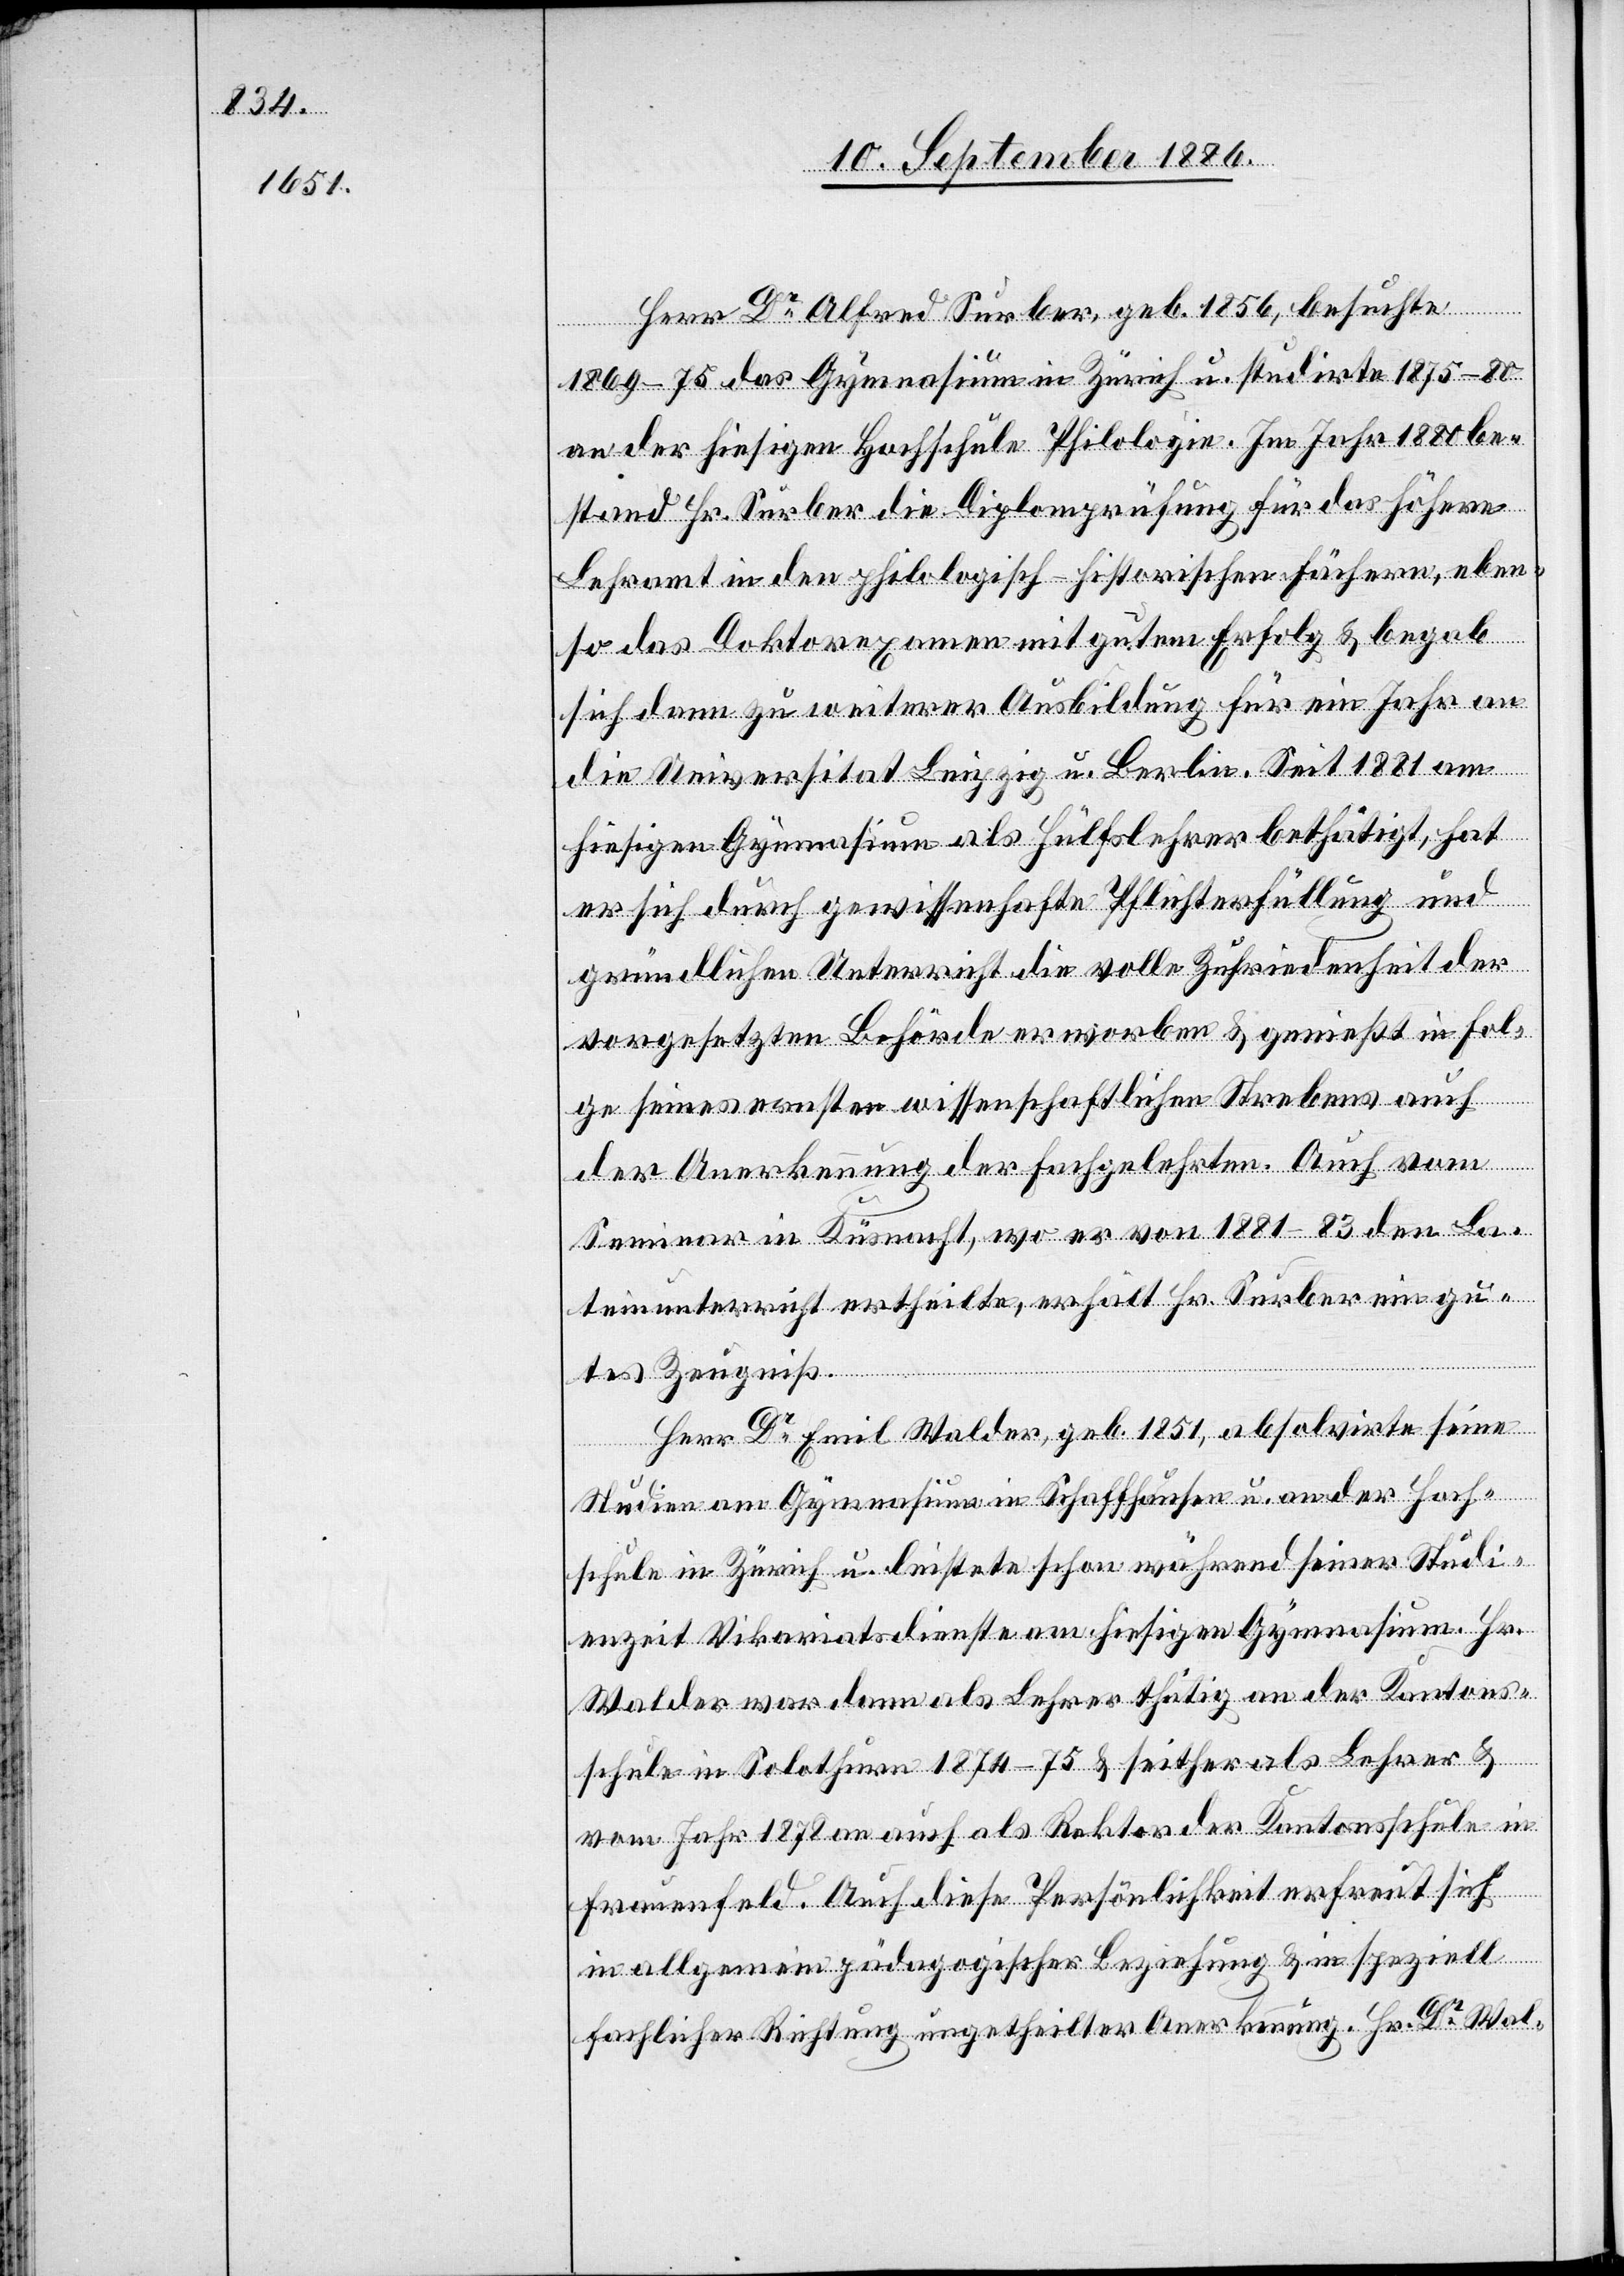
Herr Dr Alfred Surber, geb. 1856, besuchte
1869–75 das Gymnasium in Zürich u. studirte 1875–80
an der hiesigen Hochschule Philologie. Im Jahr 1880 be¬
stand Hr. Surber die Diplomprüfung für das höhere
Lehramt in den philologisch-historischen Fächern, eben¬
so das Doktorexamen mit gutem Erfolg & begab
sich dann zu weiterer Ausbildung für ein Jahr an
die Universität Leipzig u. Berlin. Seit 1881 am
hiesigen Gymnasium als Hülfslehrer bethätigt, hat
er sich durch gewissenhafte Pflichterfüllung und
gründlichen Unterricht die volle Zufriedenheit der
vorgesetzten Behörde erworben & genießt in Fol¬
ge seines ernsten wissenschaftlichen Strebens auch
Anerkennung der Fachgelehrten. Auch vom
Seminar in Küsnacht, wo er von 1881–83 den La¬
teinunterricht ertheilte, erhält Hr. Surber ein gu¬
tes Zeugniß.
Herr Dr Emil Walder, geb. 1851, absolvirte seine
Studien am Gymnasium in Schaffhausen u. an der Hoch¬
schule in Zürich u. leistete schon während seiner Studi¬
enzeit Vikariatsdienste am hiesigen Gymnasium. Hr.
Walder war dann als Lehrer thätig an der Kantons¬
schule in Solothurn 1874–75 & seither als Lehrer &
vom Jahr 1878 an auch als Rektor der Kantonsschule in
Frauenfeld. Auch diese Persönlichkeit erfreut sich
in allgemein pädagogischer Beziehung & in speziell
fachlicher Richtung ungetheilter Anerkennung. Dr Wal-